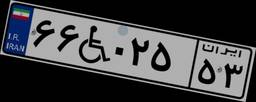
۵۳W۰۴۳۰۲